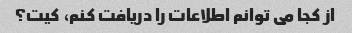
از کجا می توانم اطلاعات را دریافت کنم، کیت؟